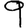
Digit: 9